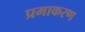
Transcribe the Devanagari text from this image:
प्रमाकरण